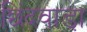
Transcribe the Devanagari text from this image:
छिंदवाडा़